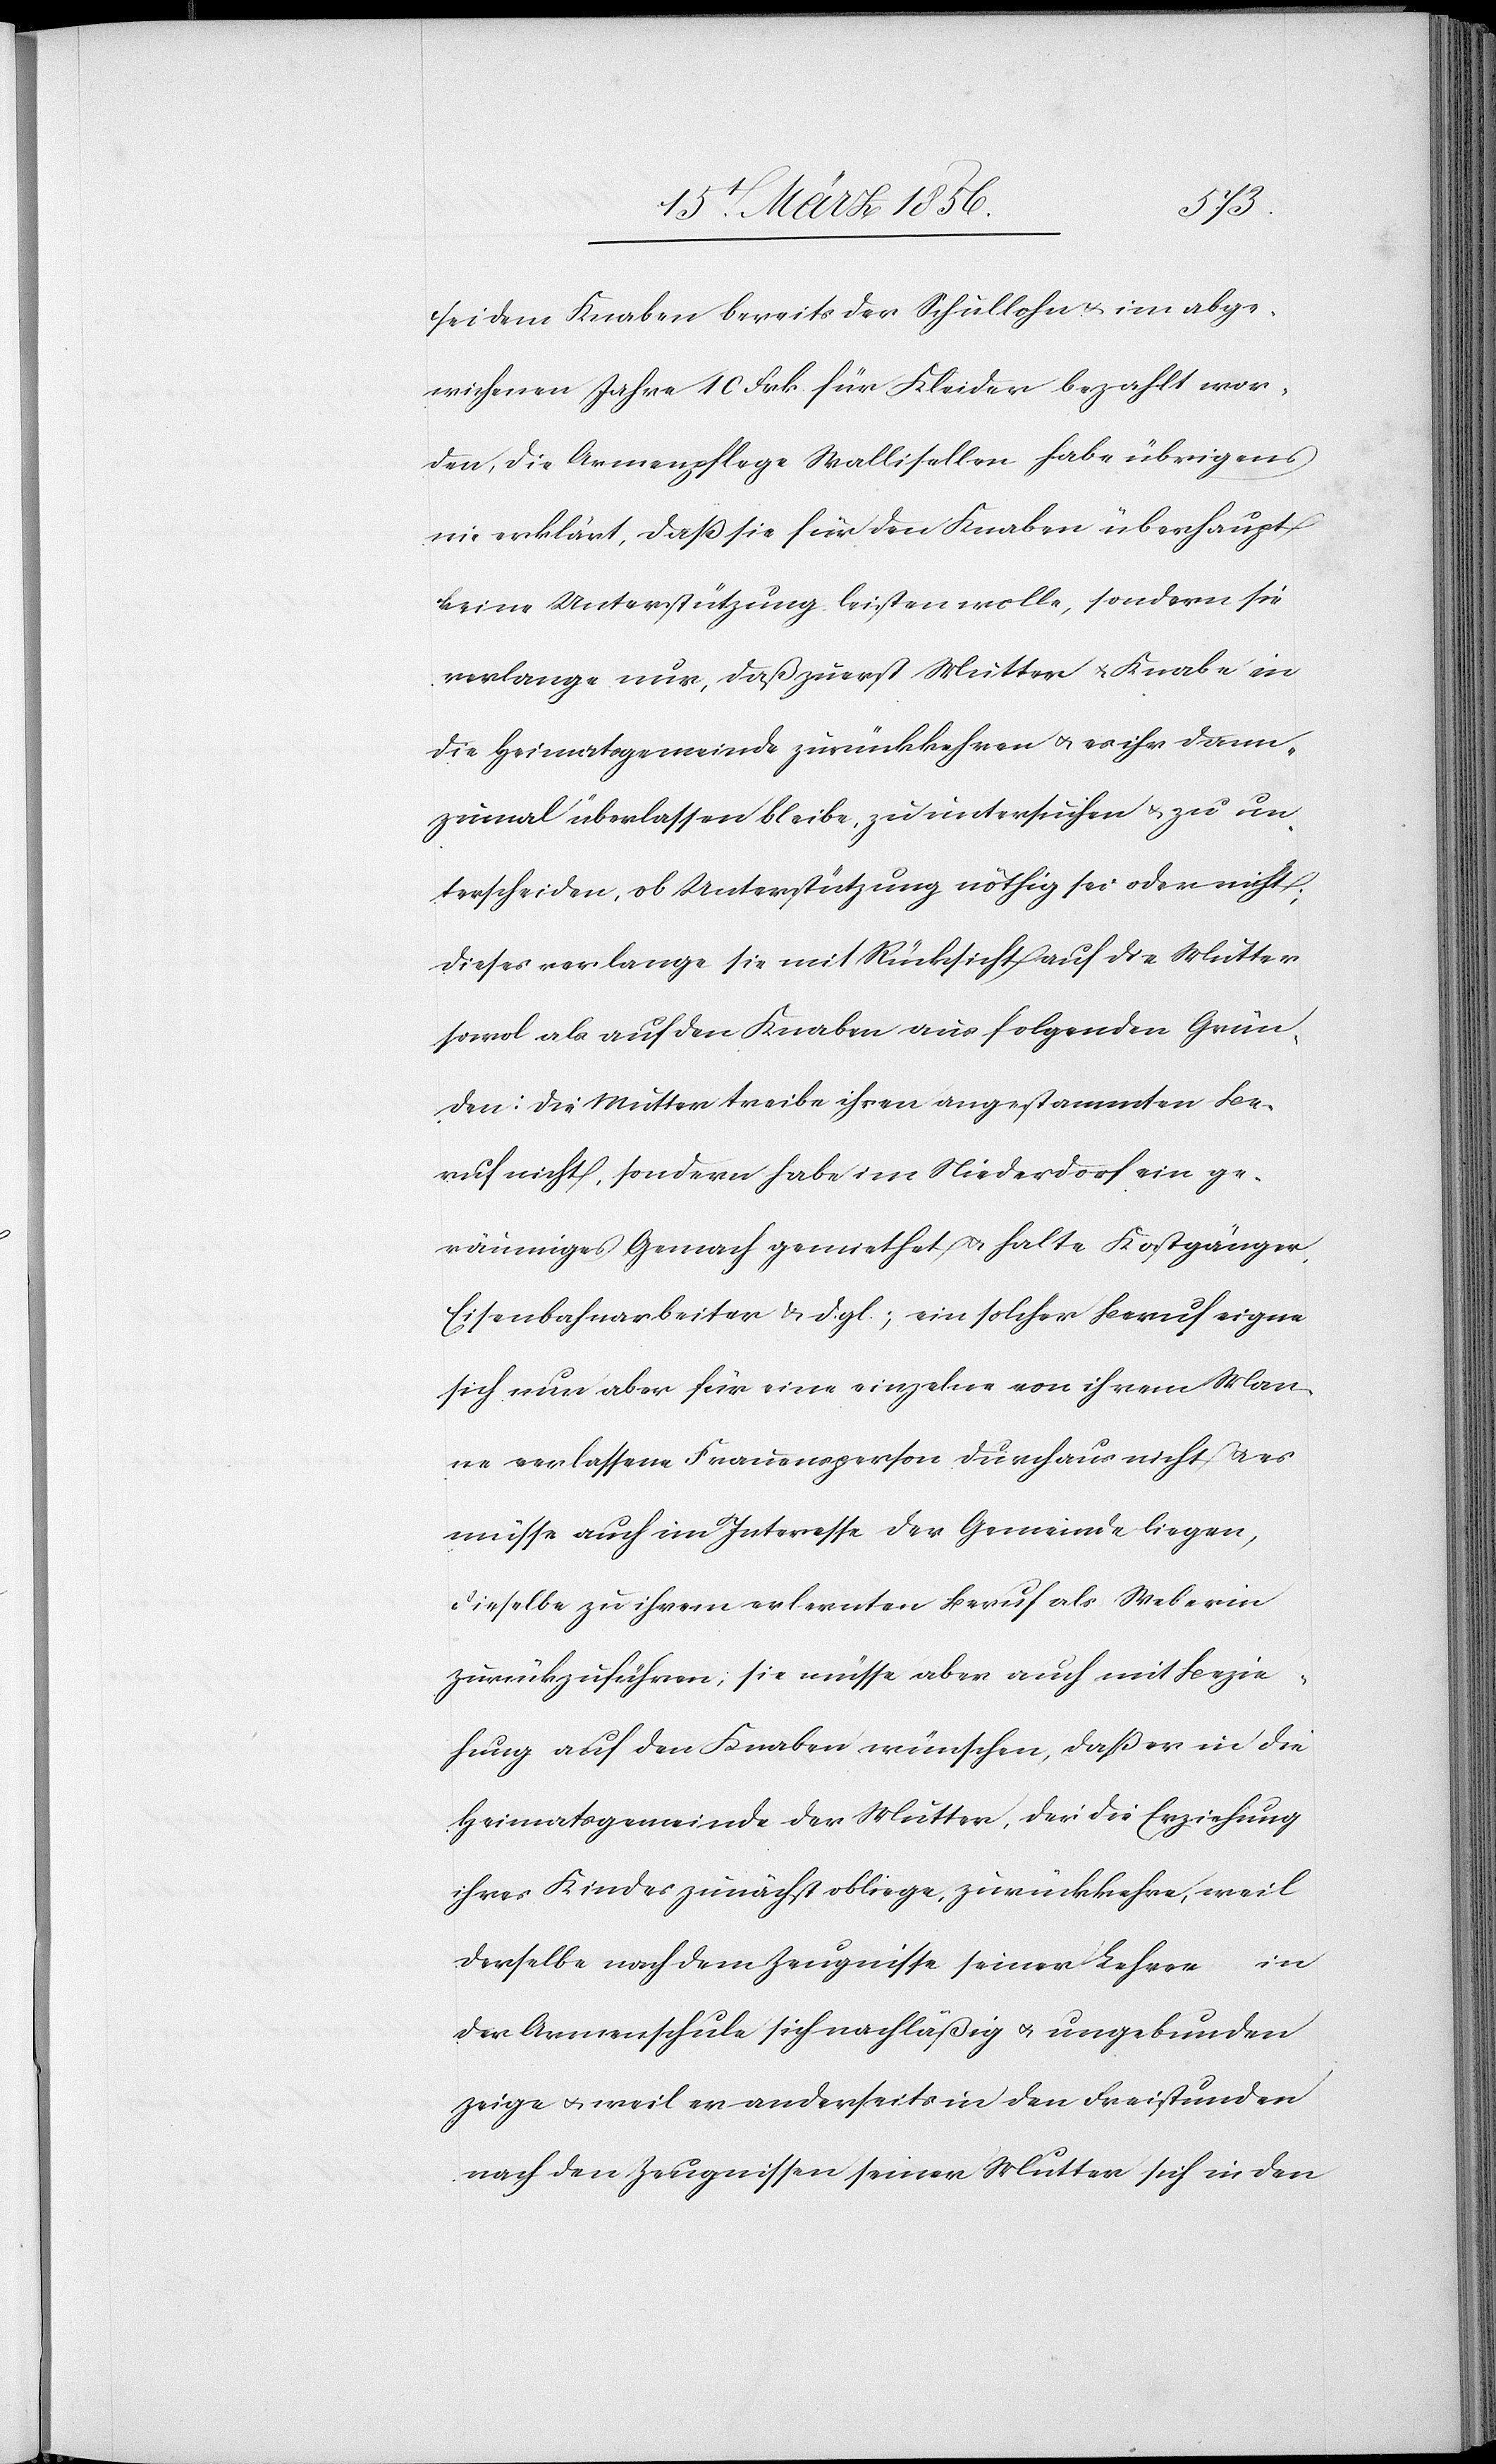
sei dem Knaben bereits der Schullohn u. im abge¬
wichenen Jahre 10 Frk für Kleider bezahlt wor¬
den, die Armenpflege Wallisellen habe übrigens
nie erklärt, daß sie für den Knaben überhaupt
keine Unterstützung leisten wolle, sondern sie
verlange nur, daß zuerst Mutter u. Knabe in
die Heimatsgemeinde zurückkehren u. es ihr dann¬
zumal überlassen bleibe, zu untersuchen & zu un¬
terscheiden, ob Unterstützung nöthig sei oder nicht;
dieses verlange sie mit Rücksicht auf die Mutter
sowol als auf den Knaben aus folgenden Grün¬
den: die Mutter treibe ihren angestammten Be¬
ruf nicht, sondern habe im Niederdorf ein ge¬
räumiges Gemach gemiethet u. halte Kostgänger,
Eisenbahnarbeiter & d. gl.; ein solcher Beruf eigne
sich nun aber für eine einzelne von ihrem Man¬
ne verlassene Frauenperson durchaus nicht u. es
müsse auch im Interesse der Gemeinde liegen,
dieselbe zu ihrem erlernten Beruf als Weberin
zurückzuführen; sie müsse aber auch mit Bezie¬
hung auf den Knaben wünschen, daß er in die
Heimatsgemeinde der Mutter, der die Erziehung
ihres Kindes zunächst obliege, zurückkehre, weil
in
derselbe nach dem Zeugnisse seiner Lehrer
der Armenschule sich nachläßig u. ungebunden
zeige u. weil er anderseits in den Freistunden
nach den Zeugnissen seiner Mutter sich in den